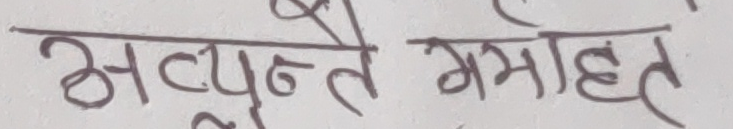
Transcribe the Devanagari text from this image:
अत्युत्कृष्ट गमाइत